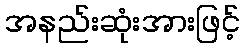
အနည်းဆုံးအားဖြင့်